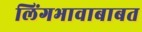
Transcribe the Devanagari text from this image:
लिंगभावाबाबत